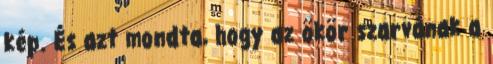
kép. És azt mondta, hogy az ökör szarvának a